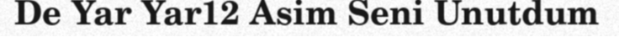
De Yar Yar12 Asim Seni Unutdum